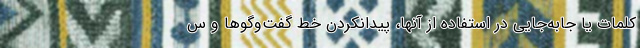
کلمات یا جابه‌جایی در استفاده از آنها، پیدانکردن خط گفت‌وگوها و س